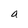
Character: a